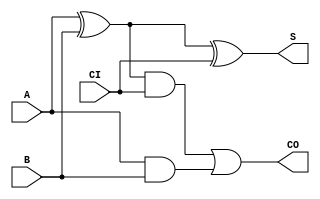
module full_adder
  (
   input  A,
   input  B,
   input  CI,
   output S,
   output CO
   );

   assign S  = (A^B) ^ CI;
   assign CO = ((A^B)&CI) | (A&B);

endmodule